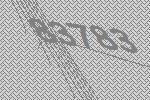
83783